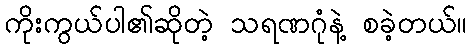
ကိုးကွယ်ပါ၏ဆိုတဲ့ သရဏဂုံနဲ့ စခဲ့တယ်။